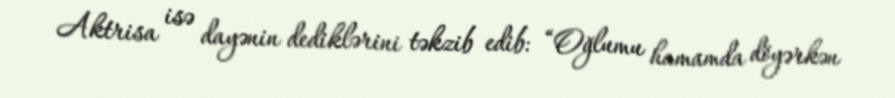
Aktrisa isə dayənin dediklərini təkzib edib: “Oğlumu hamamda döyərkən